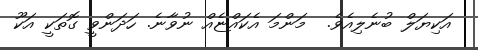
އަކިޔަލް ބުނެލިއެވެ.  މަންމަ އެކައްޏެއް ނުވާނެ. ހަދަންވީ ގޮތަކީ އަކޫ